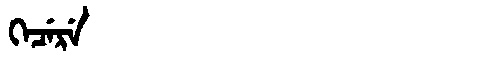
Manchu: ᡴᡝᠴᡝᡵᡝ
Romanization: KECERE